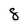
Character: 8